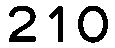
210